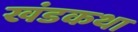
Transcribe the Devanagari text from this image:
खंडकथा